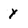
Character: y